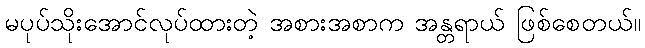
မပုပ်သိုးအောင်လုပ်ထားတဲ့ အစားအစာက အန္တရာယ် ဖြစ်စေတယ်။